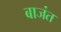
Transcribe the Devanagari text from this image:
बाजंत